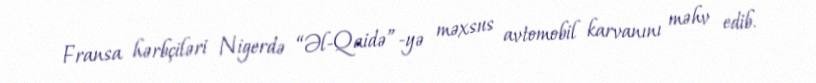
Fransa hərbçiləri Nigerdə “Əl-Qaidə”-yə məxsus avtomobil karvanını məhv edib.